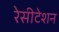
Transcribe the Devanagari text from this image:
रेसीटेशन